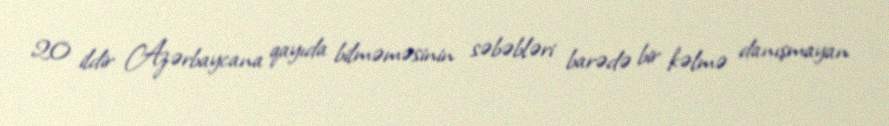
20 ildir Azərbaycana qayıda bilməməsinin səbəbləri barədə bir kəlmə danışmayan